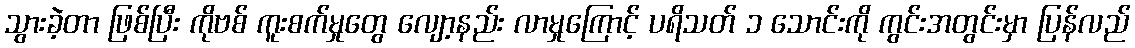
သွားခဲ့တာ ဖြစ်ပြီး ကိုဗစ် ကူးစက်မှုတွေ လျော့နည်း လာမှုကြောင့် ပရိသတ် ၁ သောင်းကို ကွင်းအတွင်းမှာ ပြန်လည်